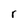
Character: r